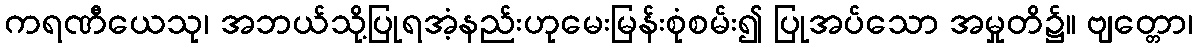
ကရဏီယေသု၊ အဘယ်သို့ပြုရအံ့နည်းဟုမေးမြန်းစုံစမ်း၍ ပြုအပ်သော အမှုတိ၌။ ဗျတ္တော၊